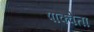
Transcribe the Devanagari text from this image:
पाक्वेता